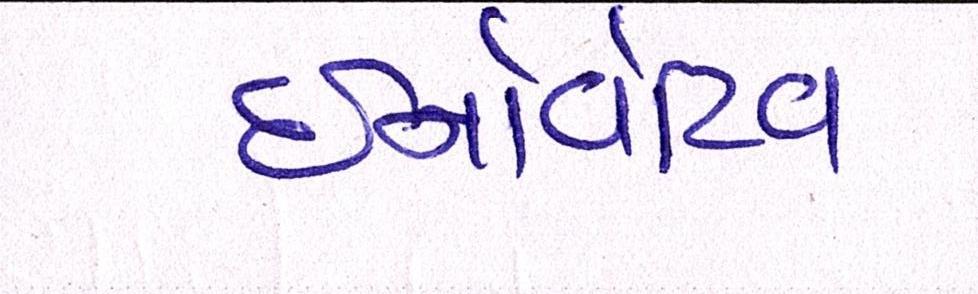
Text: ઇનોવેટિવ